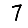
Digit: 7